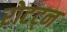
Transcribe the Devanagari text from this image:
रोटट्न